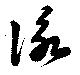
詠